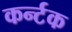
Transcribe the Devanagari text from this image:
कर्न्टक